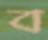
ব